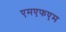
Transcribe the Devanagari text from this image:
एमएफएम